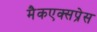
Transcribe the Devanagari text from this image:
मैकएक्सप्रेस